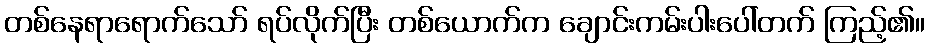
တစ်နေရာရောက်သော် ရပ်လိုက်ပြီး တစ်ယောက်က ချောင်းကမ်းပါးပေါ်တက် ကြည့်၏။